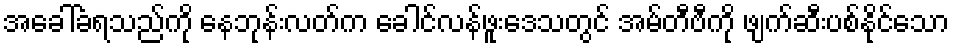
အခေါ်ခံရသည်ကို နေဘုန်းလတ်က ခေါင်လန်ဖူးဒေသတွင် အမ်တီဗီကို ဖျက်ဆီးပစ်နိုင်သော